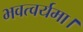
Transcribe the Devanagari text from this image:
भवत्वर्यमा।